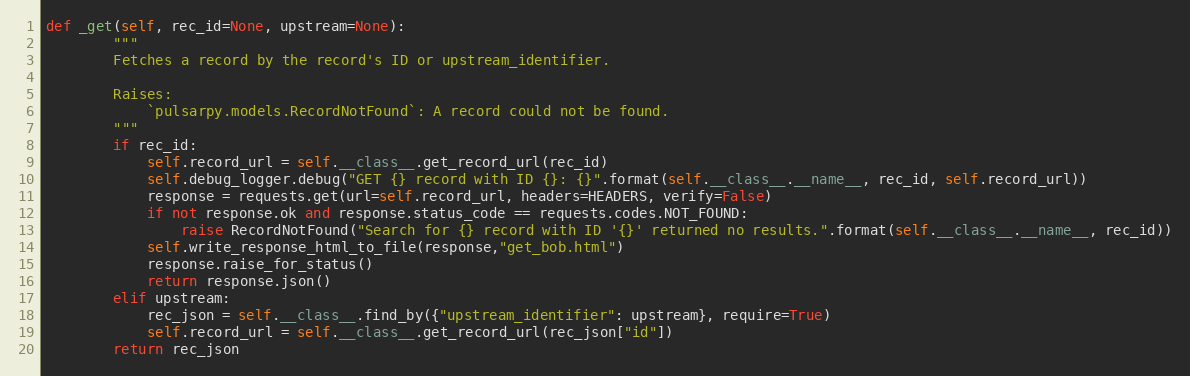
Language: Python
def _get(self, rec_id=None, upstream=None):
        """
        Fetches a record by the record's ID or upstream_identifier.

        Raises:
            `pulsarpy.models.RecordNotFound`: A record could not be found.
        """
        if rec_id:
            self.record_url = self.__class__.get_record_url(rec_id)
            self.debug_logger.debug("GET {} record with ID {}: {}".format(self.__class__.__name__, rec_id, self.record_url))
            response = requests.get(url=self.record_url, headers=HEADERS, verify=False)
            if not response.ok and response.status_code == requests.codes.NOT_FOUND:
                raise RecordNotFound("Search for {} record with ID '{}' returned no results.".format(self.__class__.__name__, rec_id))
            self.write_response_html_to_file(response,"get_bob.html")
            response.raise_for_status()
            return response.json()
        elif upstream:
            rec_json = self.__class__.find_by({"upstream_identifier": upstream}, require=True)
            self.record_url = self.__class__.get_record_url(rec_json["id"])
        return rec_json